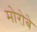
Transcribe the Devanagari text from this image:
मोरोबे